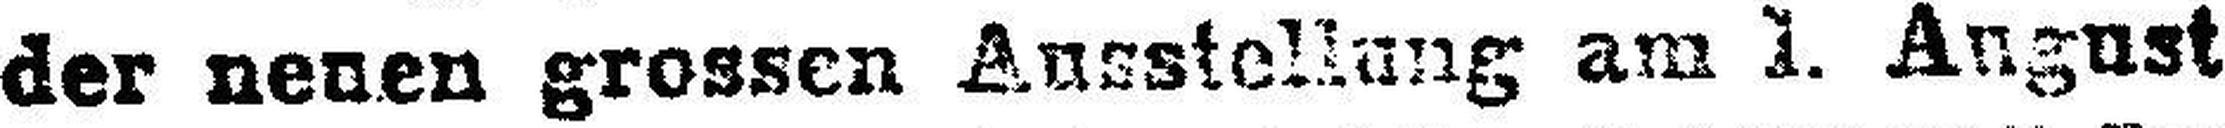
der neuen grossen Ausstellung am 1. August